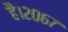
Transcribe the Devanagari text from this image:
है।२०६७